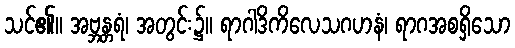
သင်၏။ အဗ္ဘန္တရံ၊ အတွင်း၌။ ရာဂါဒိကိလေသဂဟနံ၊ ရာဂအစရှိသော